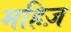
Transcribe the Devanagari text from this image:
महिज़